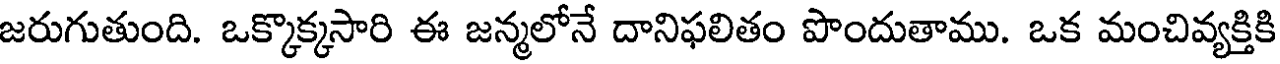
జరుగుతుంది. ఒక్కొక్కసారి ఈ జన్మలోనే దానిఫలితం పొందుతాము. ఒక మంచివ్యక్తికి